Triigi,_Aleksandri_(Koue)_vallakohus, lk 10
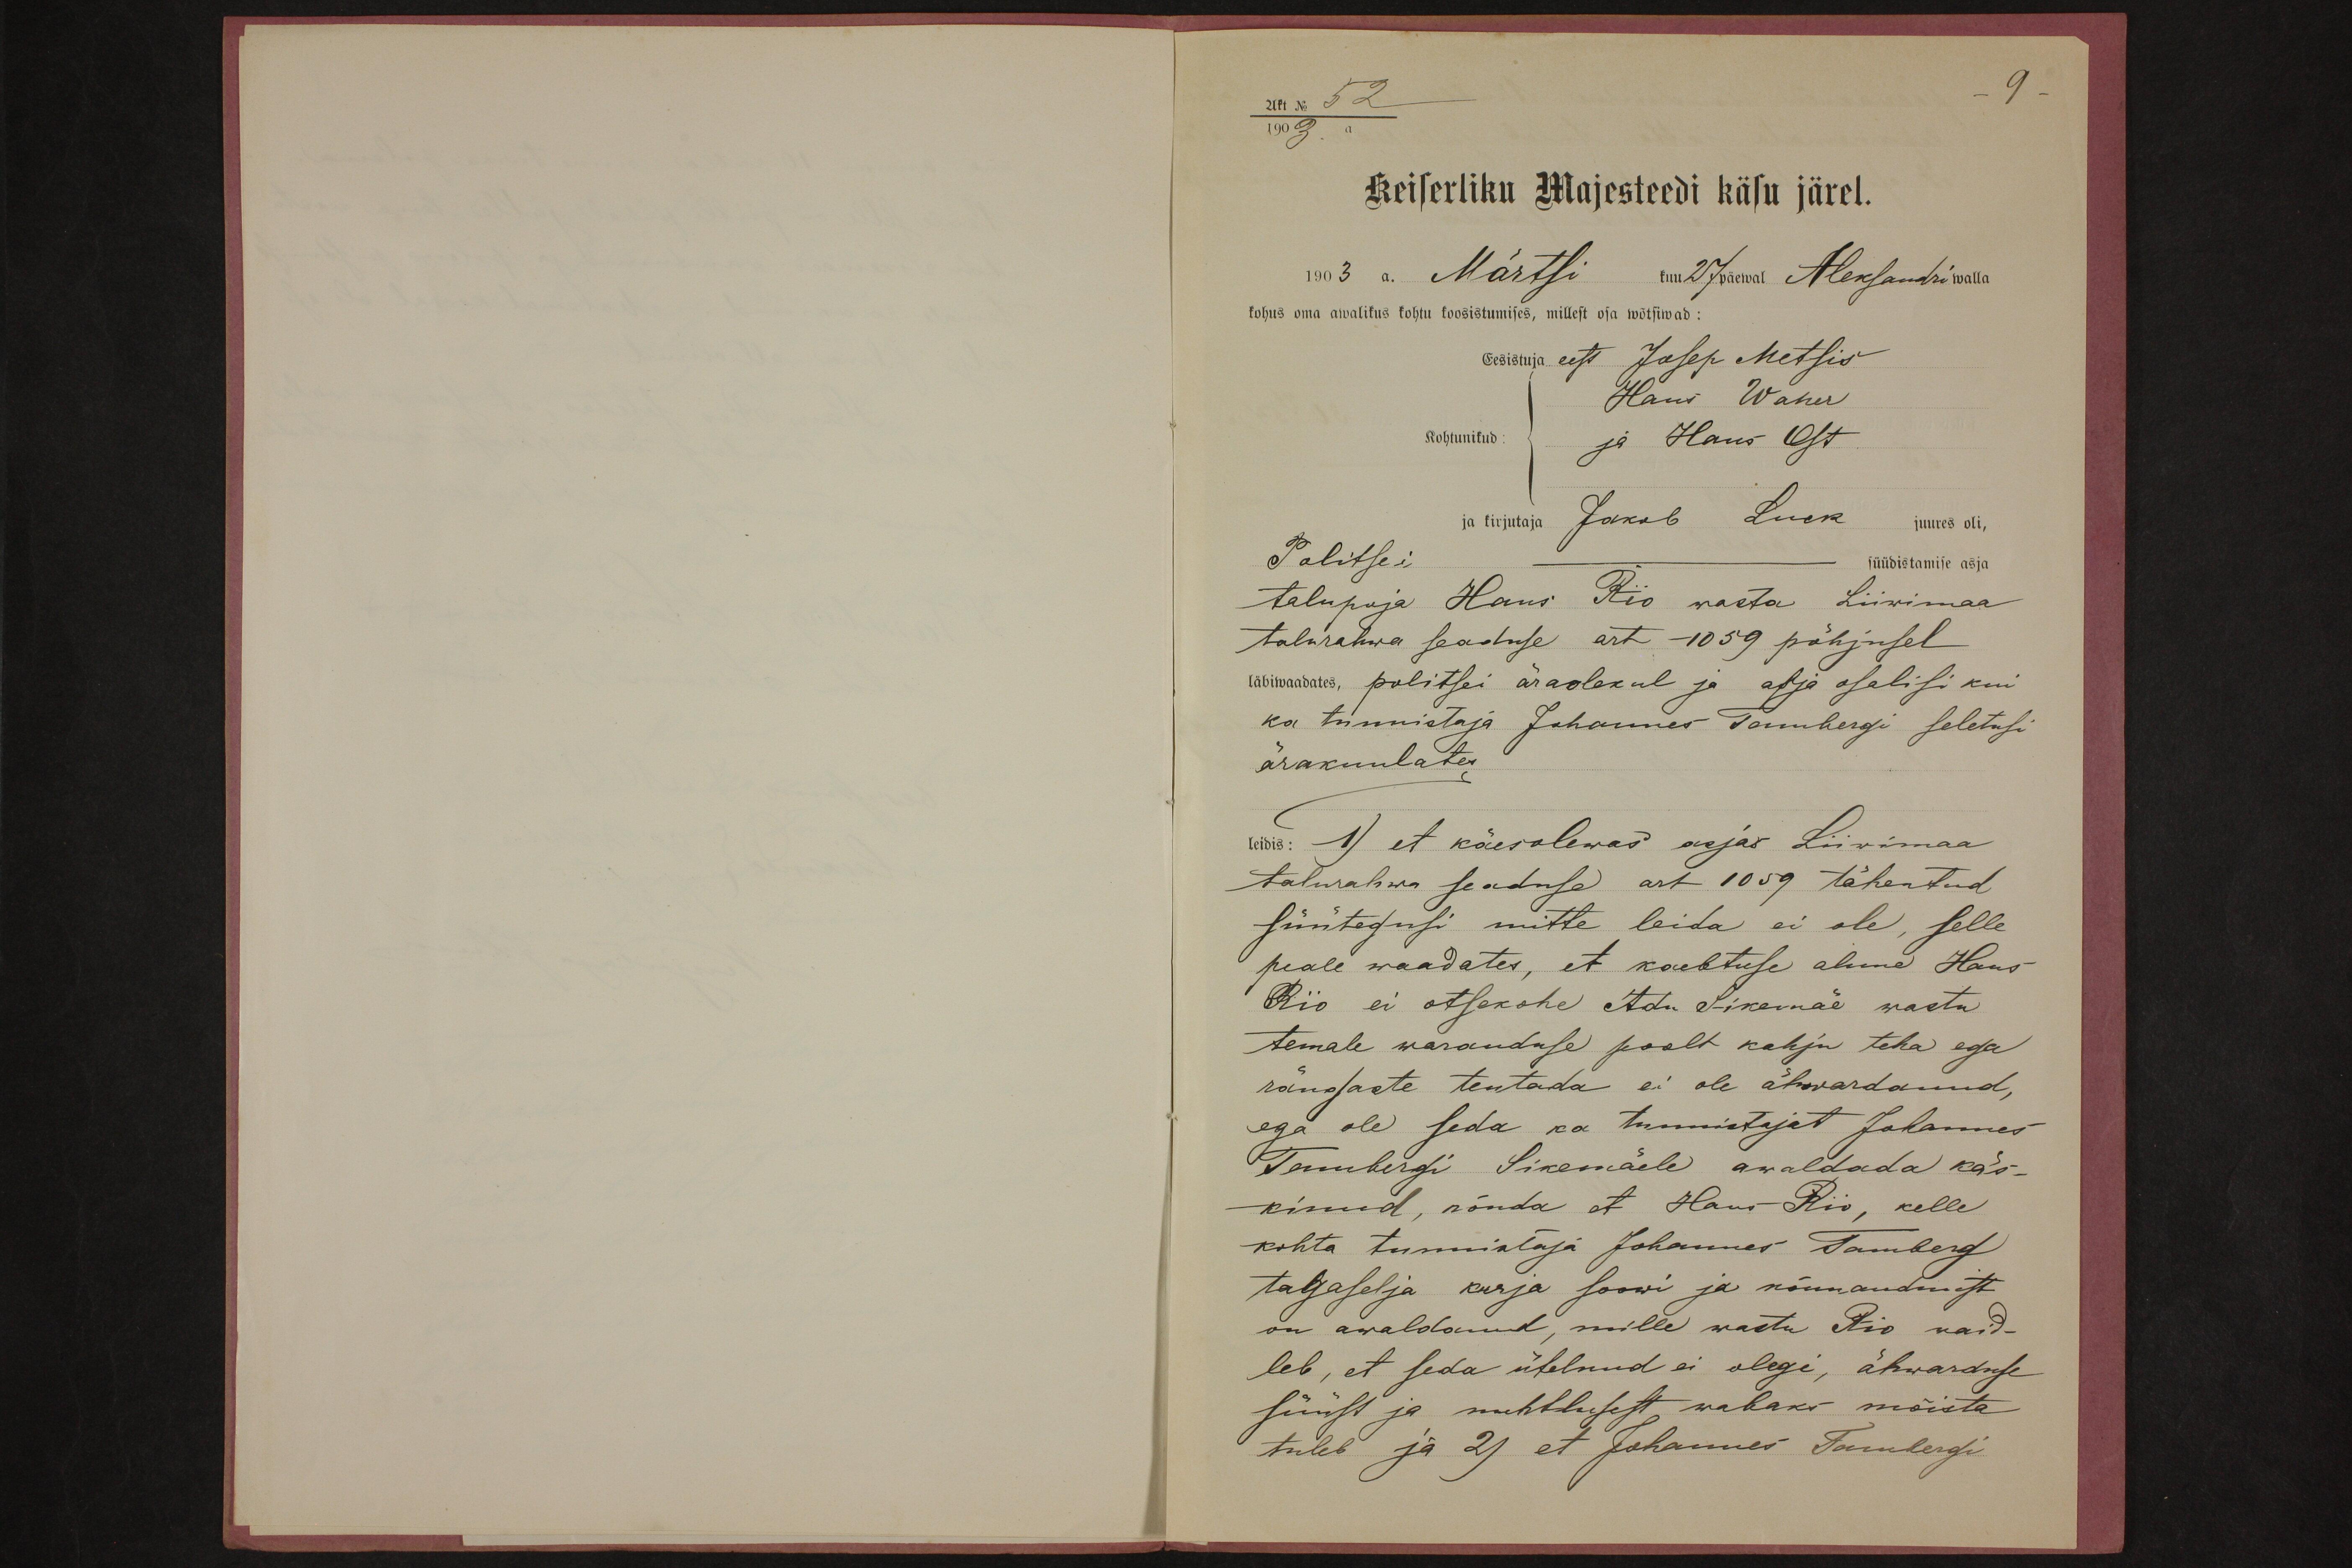
Akt No 52
1903.a.
Keiserliku Majesteedi käsu järel.
1903 a. Märtsi kuu 27 päewal Aleksandri walla
kohus oma awalikus kohtu koosistumises, millest osa wõtsiwad:
Eesistuja eest Josep Metsis
Hans Waher
Kohtunikud
ja Hans Ost
ja kirjutaja Jakob Luck juures oli,
Politsei ---- süüdistamise asja
talupoja Hans Rio wasta Liivimaa
talurahwa seaduse art -1059 põhjusel
läbiwaadates, politsei äraolekul ja asja osalisi kui
ka tunnistaja Johannes Tambergi seletusi
ärakuulates
leidis: 1) et käesolewas asjas Liivimaa
talurahwa seaduse art 1059 tähentud
süütegusi mitte leida ei ole, selle
peale waadates, et kaebtuse alune Hans
Rio ei otsekohe Adu Sikemäe wastu
temale waranduse poolt kahju teha ega
rängaste teutada ei ole ähwardanud,
ega ole seda ka tunnistajat Johannes
Tembergi Sikemäele awaldada käs-
kinud, nõnda et Hans Rio, kelle
kohta tunnistaja Johannes Tamberg
talgaselja kurja soowi ja nõuuandmist
on awaldanud, mille wastu Rio vaid-
leb, et seda ütelnud ei olegi, ähwarduse
süüst ja nuhtlusest wabaks mõista
tuleb ja 2) et Johannes Tambergi